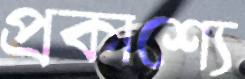
প্রকাশ্যে